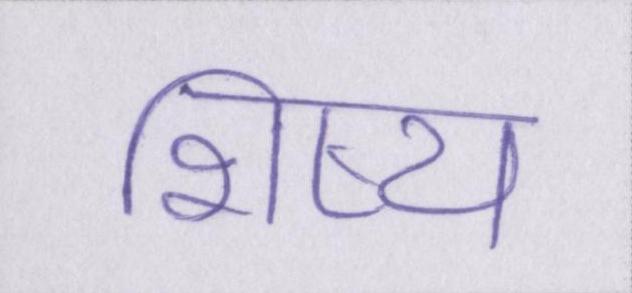
शिष्य